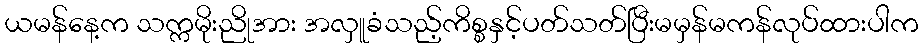
ယမန်နေ့က သက္ကမိုးညိုအား အလှူခံသည့်ကိစ္စနှင့်ပတ်သတ်ပြီးမမှန်မကန်လုပ်ထားပါက